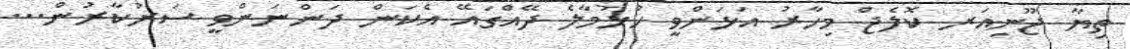
ތިޔާ ޖޫނިއަރ ކޮލެޖް މިހާރު އަޅަންވީ ހުޅުމާލެ ދޭއްގައޭ އެކަން ދަންނަންވީ ސަރުކާރުން...